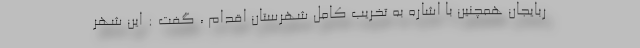
ربایجان همچنین با اشاره به تخریب کامل شهرستان اقدام ، گفت : این شهر